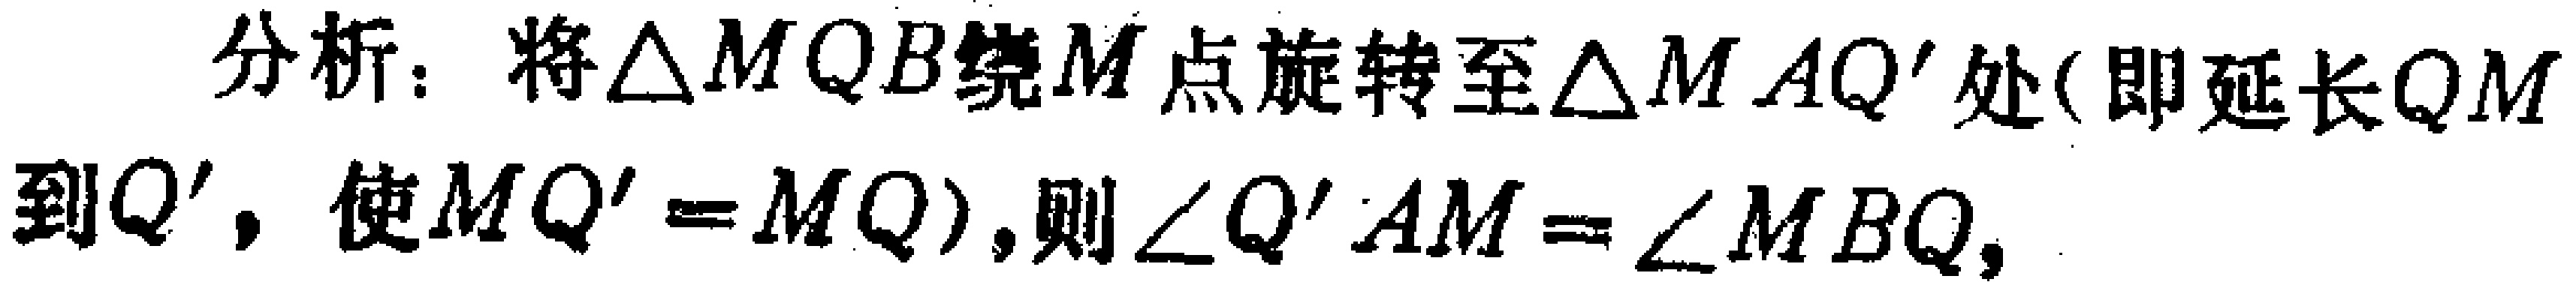
分析：将$\triangle MQB$绕$M$点旋转至$\triangle MAQ'$处(即延长$QM$到$Q'$，使$MQ' = MQ$),则$\angle Q'AM=\angle MBQ,$